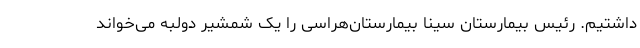
داشتیم. رئیس بیمارستان سینا بیمارستان‌هراسی را یک شمشیر دولبه می‌خواند